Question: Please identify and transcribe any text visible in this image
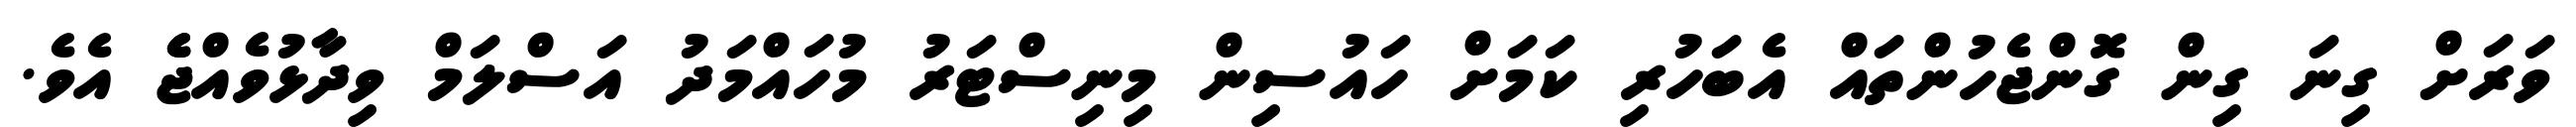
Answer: ވަރަށް ގިނަ ގިން ގޮންޖެހުންތައް އެބަހުރި ކަމަށް ހައުސިން މިނިސްޓަރު މުހައްމަދު އަސްލަމް ވިދާޅުވެއްޖެެ އެވެ.